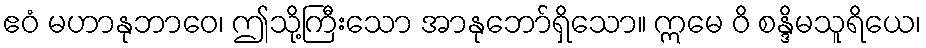
ဧဝံ မဟာနုဘာဝေ၊ ဤသို့ကြီးသော အာနုဘော်ရှိသော။ ဣမေ ဝိ စန္ဒိမသူရိယေ၊